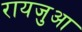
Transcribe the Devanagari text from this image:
रायजुआ